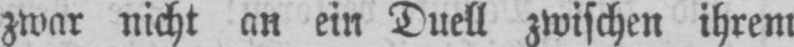
zwar nicht an ein Duell zwischen ihrem